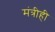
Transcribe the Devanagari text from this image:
मंत्रीही